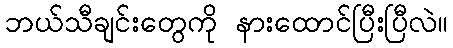
ဘယ်သီချင်းတွေကို နားထောင်ပြီးပြီလဲ။